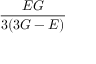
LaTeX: \frac { E G } { 3 ( 3 G - E ) }